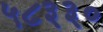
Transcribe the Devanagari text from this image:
५८३३०